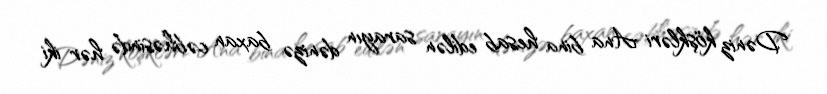
Dəniz köşkləri Ana bina hesab edilən sarayın dənizə baxan cəbhəsində hər iki